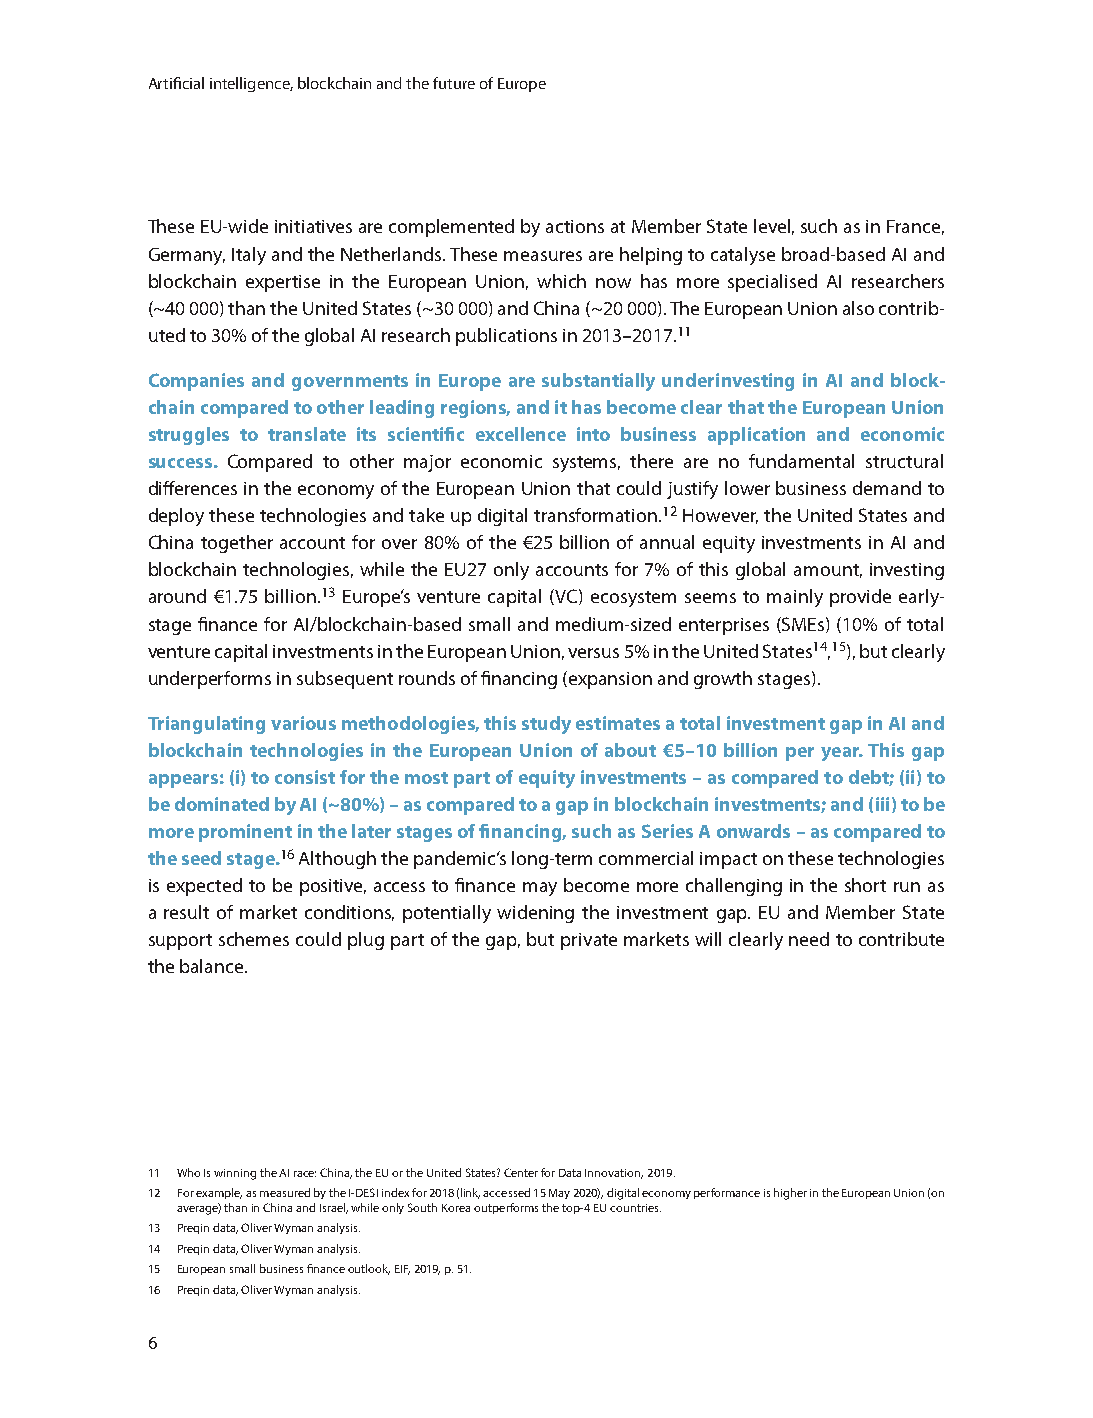
Artificial intelligence, blockchain and the future of Europe
 These EU-wide initiatives are complemented by actions at Member State level, such as in France,
 Germany, Italy and the Netherlands. These measures are helping to catalyse broad-based AI and
 blockchain expertise in the European Union, which now has more specialised AI researchers
 (~40 000) than the United States (~30 000) and China (~20 000). The European Union also contrib-
 uted to 30% of the global AI research publications in 2013–2017.11
 Companies and governments in Europe are substantially underinvesting in AI and block-
 chain compared to other leading regions, and it has become clear that the European Union
 struggles to translate its scientific excellence into business application and economic
 success. Compared to other major economic systems, there are no fundamental structural
 differences in the economy of the European Union that could justify lower business demand to
 deploy these technologies and take up digital transformation.12 However, the United States and
 China together account for over 80% of the €25 billion of annual equity investments in AI and
 blockchain technologies, while the EU27 only accounts for 7% of this global amount, investing
 around €1.75 billion.13 Europe’s venture capital (VC) ecosystem seems to mainly provide early-
 stage finance for AI/blockchain-based small and medium-sized enterprises (SMEs) (10% of total
 venture capital investments in the European Union, versus 5% in the United States14,15), but clearly
 underperforms in subsequent rounds of financing (expansion and growth stages).
 Triangulating various methodologies, this study estimates a total investment gap in AI and
 blockchain technologies in the European Union of about €5–10 billion per year. This gap
 appears: (i) to consist for the most part of equity investments – as compared to debt; (ii) to
 be dominated by AI (~80%) – as compared to a gap in blockchain investments; and (iii) to be
 more prominent in the later stages of financing, such as Series A onwards – as compared to
 the seed stage.16 Although the pandemic’s long-term commercial impact on these technologies
 is expected to be positive, access to finance may become more challenging in the short run as
 a result of market conditions, potentially widening the investment gap. EU and Member State
 support schemes could plug part of the gap, but private markets will clearly need to contribute
 the balance.
 11 Who Is winning the AI race: China, the EU or the United States? Center for Data Innovation, 2019.
 12 For example, as measured by the I-DESI index for 2018 (link, accessed 15 May 2020), digital economy performance is higher in the European Union (on
 average) than in China and Israel, while only South Korea outperforms the top-4 EU countries.
 13 Preqin data, Oliver Wyman analysis.
 14 Preqin data, Oliver Wyman analysis.
 15 European small business finance outlook, EIF, 2019, p. 51.
 16 Preqin data, Oliver Wyman analysis.
 6